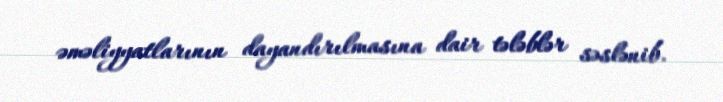
əməliyyatlarının dayandırılmasına dair tələblər səslənib.